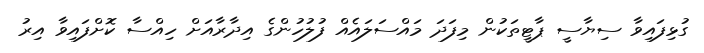
ގުޅިފައިވާ ސިޔާސީ ޕާޓީތަކުން މިފަދަ މައްސަލައެއް ފުލުހުންގެ އިދާރާއަށް ހިއްސާ ކޮށްފައިވާ އިރު